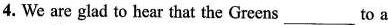
4. We are glad to hear that the Greens___to a